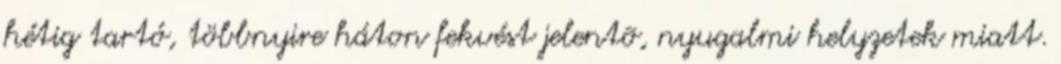
hétig tartó, többnyire háton fekvést jelentõ, nyugalmi helyzetek miatt.